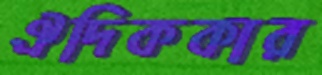
ঐদিককার